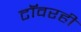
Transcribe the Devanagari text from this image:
टॉवरही